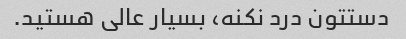
دستتون درد نکنه، بسیار عالی هستید.